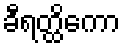
ခီရတ္ထိကော